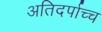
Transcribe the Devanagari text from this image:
अतिदर्पाच्च